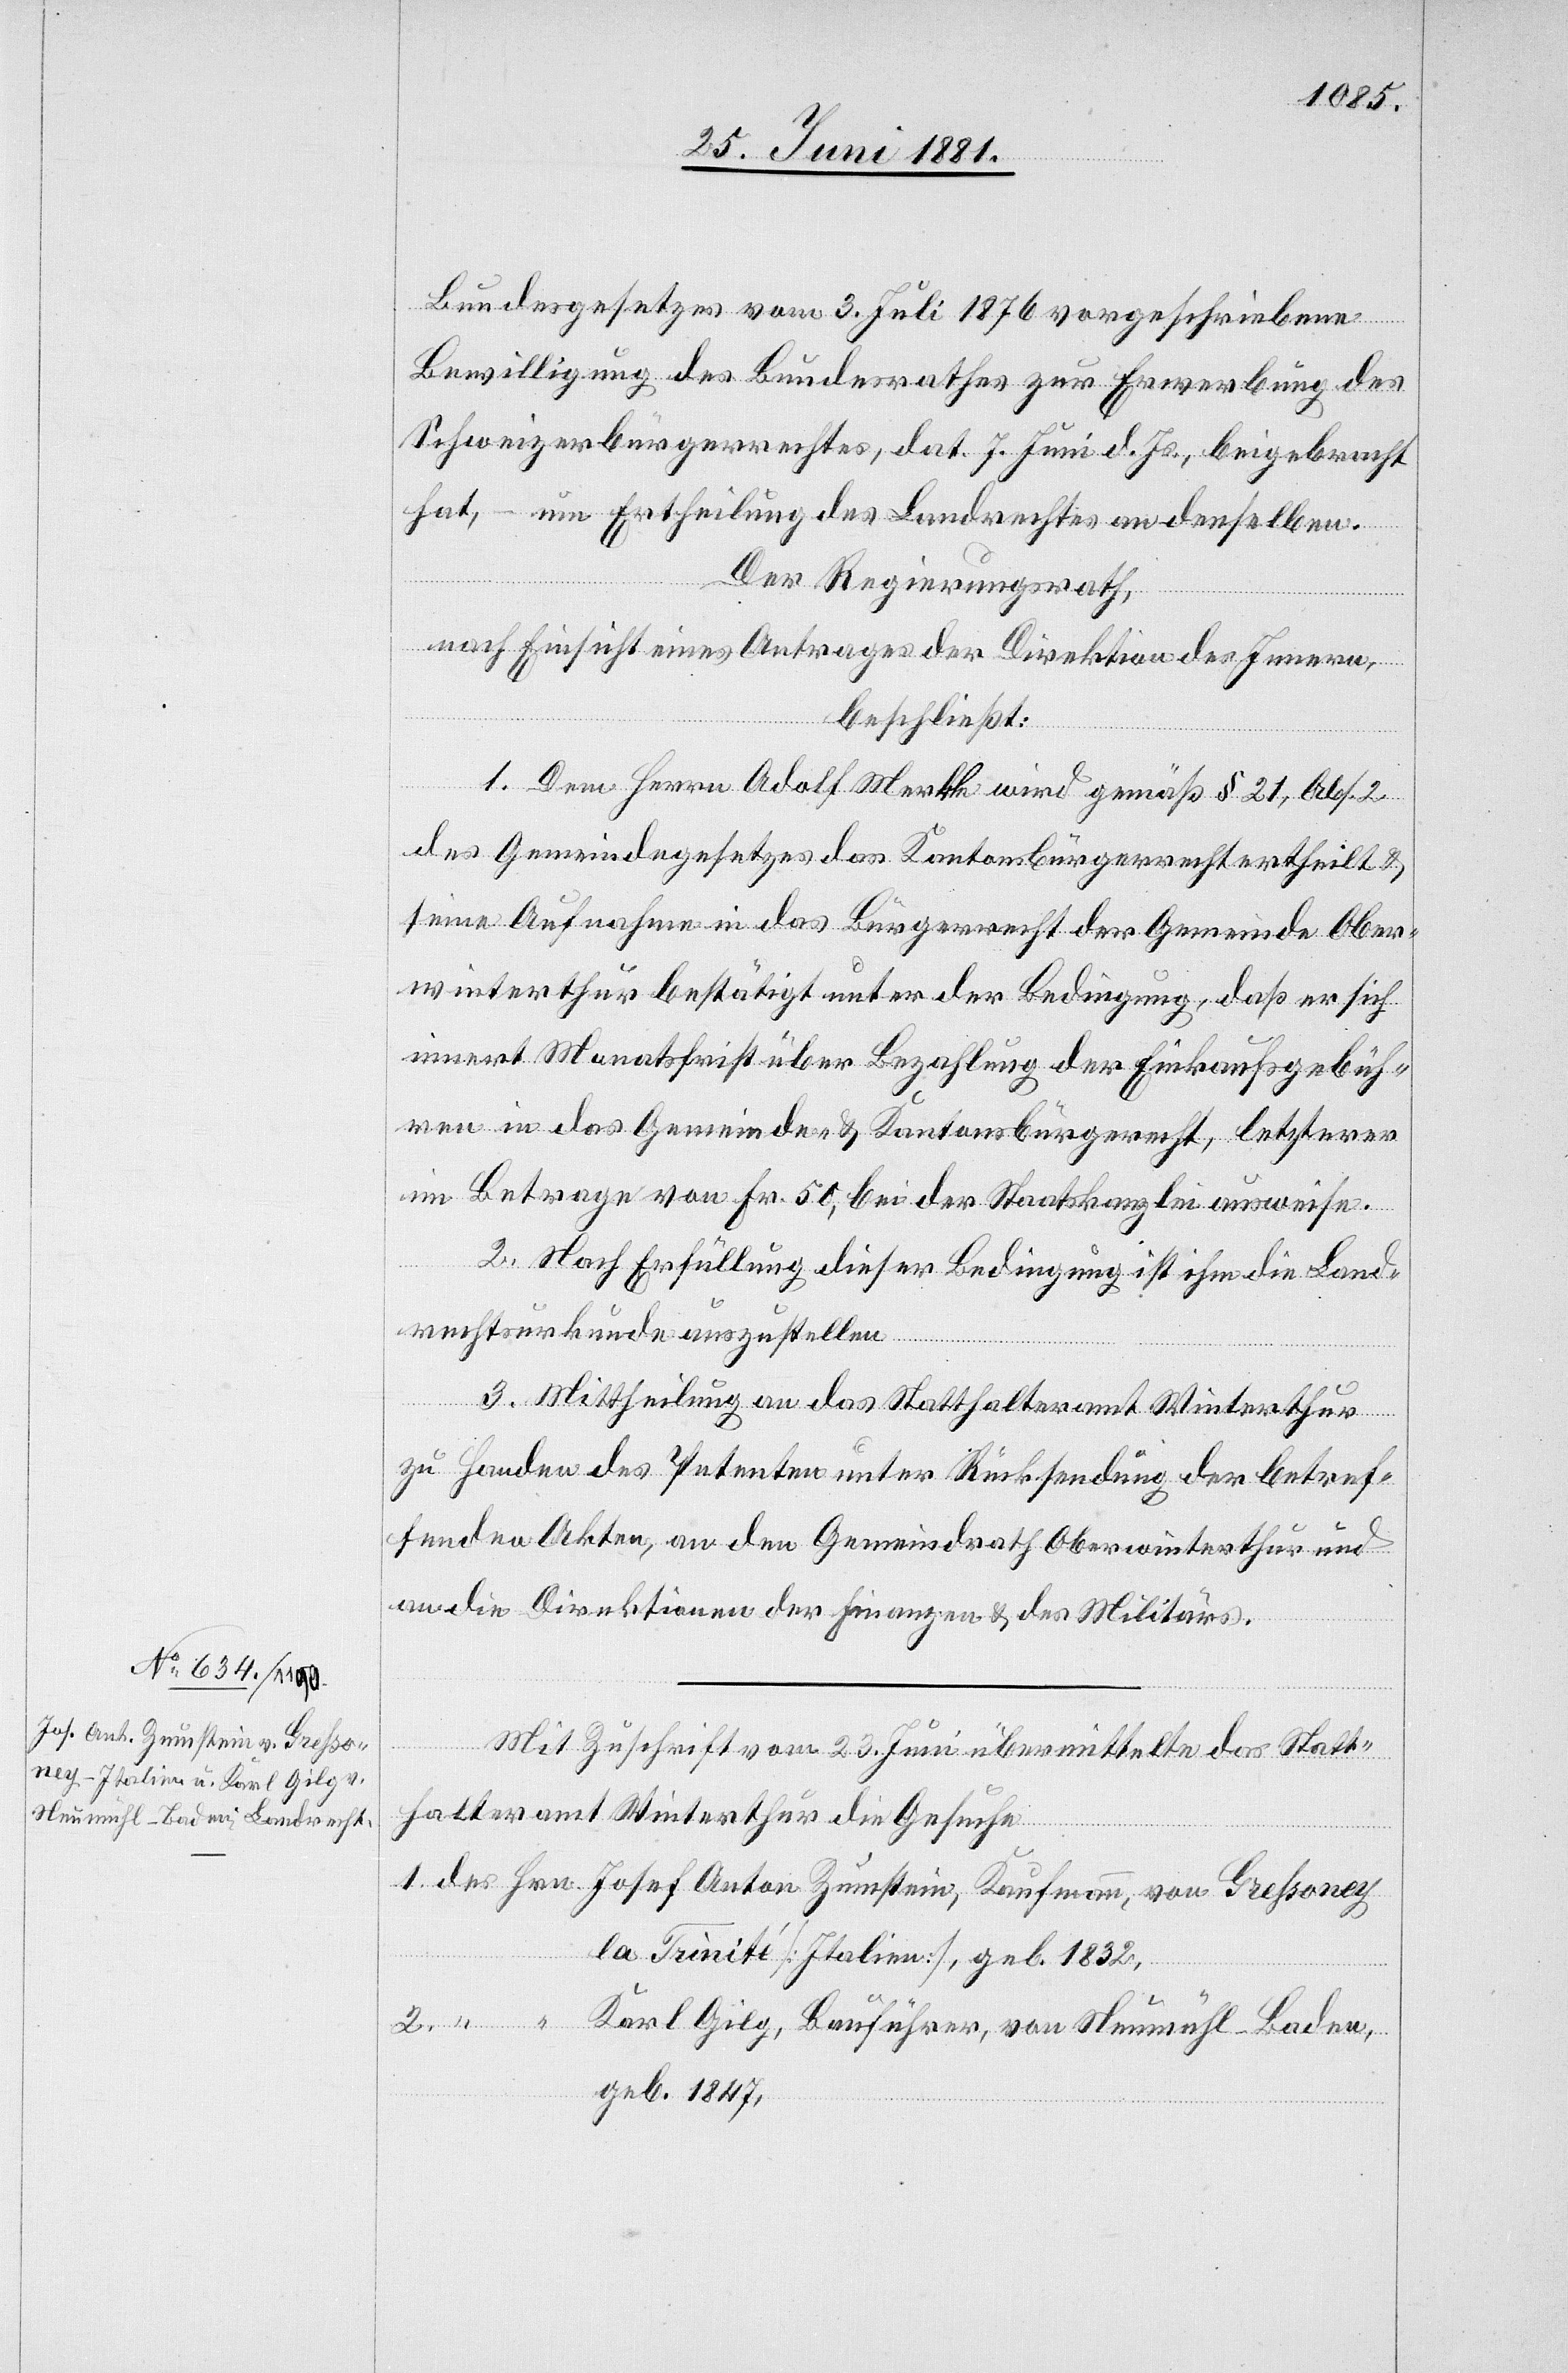
Bundesgesetzes vom 3. Juli 1876 vorgeschriebene
Bewilligung des Bundesrathes zur Erwerbung des
Schweizerbürgerrechtes, dat. 7. Juni d. Js., beigebracht
hat, – um Ertheilung des Landrechtes an denselben.
Der Regierungsrath,
nach Einsicht eines Antrages der Direktion des Innern,
beschließt:
1. Dem Herrn Adolf Merkle wird gemäß § 21, Abs. 2
des Gemeindegesetzes das Kantonsbürgerrecht ertheilt &
seine Aufnahme in das Bürgerrecht der Gemeinde Ober¬
winterthur bestätigt unter der Bedingung, daß er sich
innert Monatsfrist über Bezahlung der Einkaufsgebüh¬
ren in das Gemeinde- & Kantonsbürgerrecht, letzterer
im Betrage von Fr. 50, bei der Staatskanzlei ausweise.
2.
2. Nach Erfüllung dieser Bedingung ist ihm die Land¬
rechtsurkunde auszustellen.
3. Mittheilung an das Statthalteramt Winterthur
zu Handen des Petenten unter Rücksendung der betref¬
fenden Akten, an den Gemeindrath Oberwinterthur und
an die Direktionen der Finanzen & des Militärs.
Mit Zuschrift vom 23. Juni übermittelte das Statt¬
halteramt Winterthur die Gesuche
1. des Hrn. Josef Anton Zumstein, Kaufmann, von Greßoney
la Trinité [Italien], geb. 1832,
Karl Gilg, Bauführer, von Neumühl - Baden,
geb. 1847,